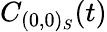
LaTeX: C_{(0,0)_{S}}(t)